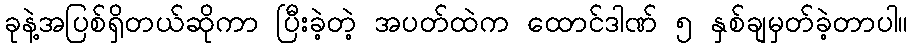
ခုနဲ့အပြစ်ရှိတယ်ဆိုကာ ပြီးခဲ့တဲ့ အပတ်ထဲက ထောင်ဒါဏ် ၅ နှစ်ချမှတ်ခဲ့တာပါ။